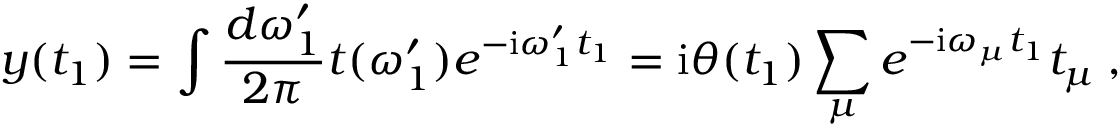
y ( t _ { 1 } ) = \int \frac { d \omega _ { 1 } ^ { \prime } } { 2 \pi } t ( \omega _ { 1 } ^ { \prime } ) e ^ { - \mathrm { i } \omega _ { 1 } ^ { \prime } t _ { 1 } } = \mathrm { i } \theta ( t _ { 1 } ) \sum _ { \mu } e ^ { - \mathrm { i } \omega _ { \mu } t _ { 1 } } t _ { \mu } \: ,